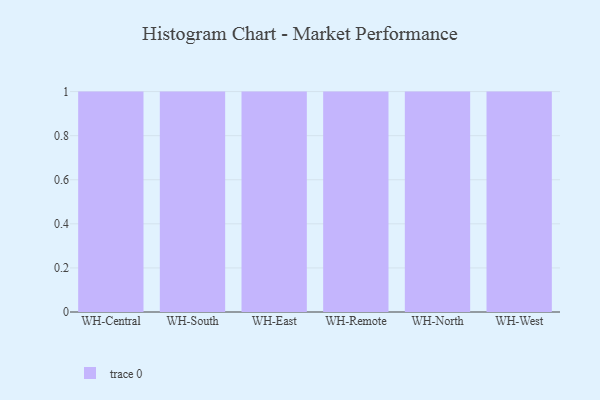
{"axis": {"x": "Warehouse", "y": "Latency (ms)"}, "legend": [""], "data": [{"x": "WH-Central", "y": 35, "type": ""}, {"x": "WH-South", "y": 58, "type": ""}, {"x": "WH-East", "y": 43, "type": ""}, {"x": "WH-Remote", "y": 74, "type": ""}, {"x": "WH-North", "y": 9, "type": ""}, {"x": "WH-West", "y": 66, "type": ""}]}